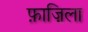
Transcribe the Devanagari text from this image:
फ़ाज़िला